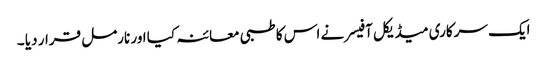
ایک سرکاری میڈیکل آفیسر نے اس کا طبی معائنہ کیا اور نارمل قرار دیا ۔